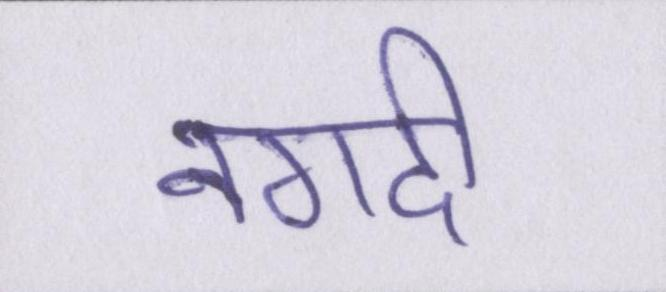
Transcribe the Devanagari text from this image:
नगदी